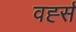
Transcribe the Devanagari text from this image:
वर्ह्स